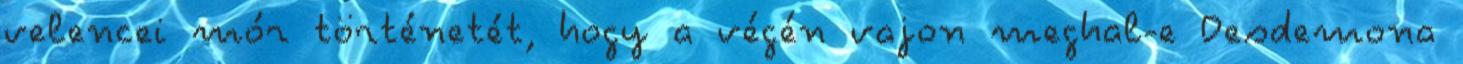
velencei mór történetét, hogy a végén vajon meghal-e Desdemona